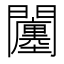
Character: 𨷠